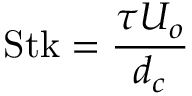
\mathrm { S t k } = { \frac { \tau U _ { o } } { d _ { c } } }